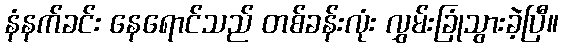
နံနက်ခင်း နေရောင်သည် တစ်ခန်းလုံး လွှမ်းခြုံသွားခဲ့ပြီ။